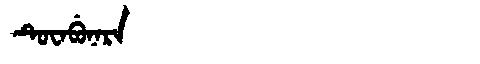
Manchu: ᡨᡠᠸᠠᠪᡠᠨᠠᡵᠠ
Romanization: TUWABUNARA